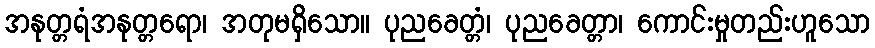
အနုတ္တရံအနုတ္တရော၊ အတုမရှိသော။ ပုညခေတ္တံ၊ ပုညခေတ္တာ၊ ကောင်းမှုတည်းဟူသော